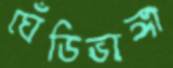
ঘেঁডিভাঙ্গা